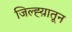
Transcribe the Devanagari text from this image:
जिल्ह्य़ातून